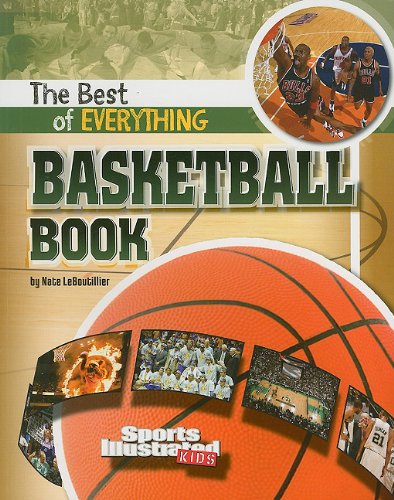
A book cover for The Best of Everything Basketball Book (The All-Time Best of Sports); Nate LeBoutillier; Children's Books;